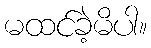
မထင်ခဲ့မိပါ။